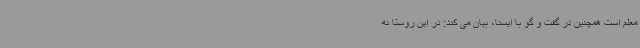
معلم است همچنین در گفت و گو با ایسنا، بیان می کند: در این روستا نه